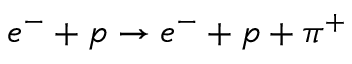
e ^ { - } + p \rightarrow e ^ { - } + p + \pi ^ { + }